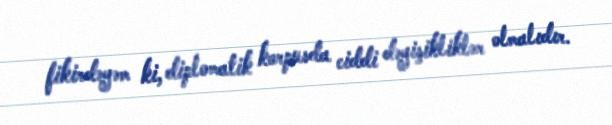
fikirdəyəm ki, diplomatik korpusda ciddi dəyişikliklər olmalıdır.